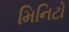
મિનિટો